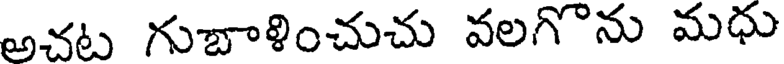
అచట గుబాళించుచు వలగొను మధు